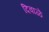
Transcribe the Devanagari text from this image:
दिवाळें